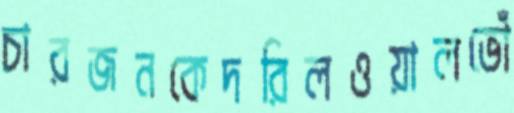
চারজনকেদরিলওয়ালভোঁ